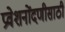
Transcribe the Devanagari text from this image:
प्रवेशनोंदणीसाठी